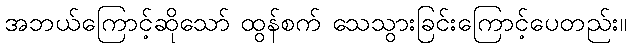
အဘယ်ကြောင့်ဆိုသော် ထွန်စက် သေသွားခြင်းကြောင့်ပေတည်း။